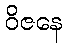
ဝိဇနေ